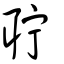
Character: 聍